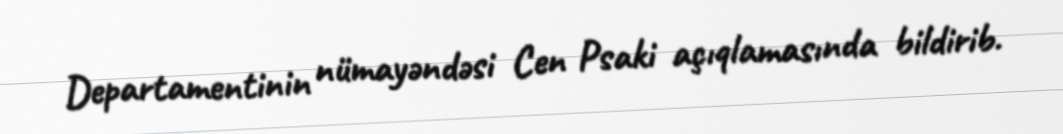
Departamentinin nümayəndəsi Cen Psaki açıqlamasında bildirib.